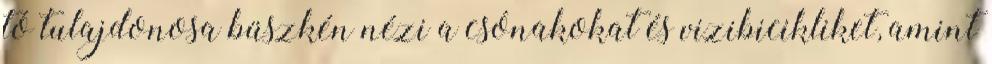
tó tulajdonosa büszkén nézi a csónakokat és vizibicikliket, amint